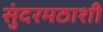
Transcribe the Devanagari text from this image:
सुंदरमठाशी